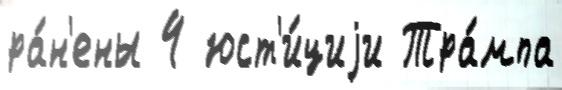
ра́н'ены 4 юст'и́циjи Тра́мпа